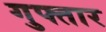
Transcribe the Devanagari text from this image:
गुफ्तार